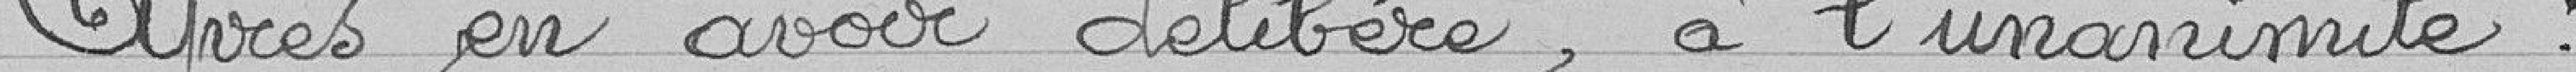
Après en avoir délibéré, à l'unanimité